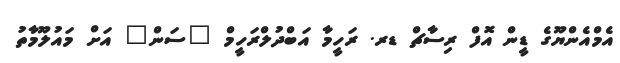
އެމްއެންޔޫގެ ޑީން އޮފް ރިސާޗް ޑރ. ރަހީމާ އަބްދުލްރަހީމް "ސަން" އަށް މައުލޫމާތު